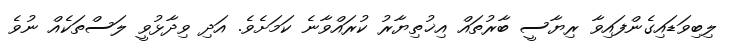
ލިބިވަޑައިގެންފައިވާ ރިޔާސީ ބާރުތައް އިޚުތިޔާރު ކުރައްވާނެ ކަމަށެވެ. އަދި ވިދާޅުވީ ލަސްތަކެއް ނުވެ